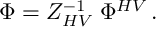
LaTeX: \Phi = { \cal Z } _ { H V } ^ { - 1 } \; \Phi ^ { H V } \, .